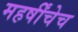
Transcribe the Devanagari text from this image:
महर्षींचेच